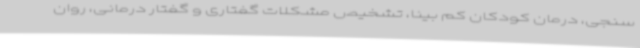
سنجی، درمان کودکان کم بینا، تشخیص مشکلات گفتاری و گفتار درمانی، روان